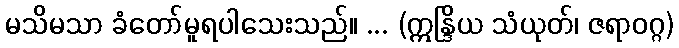
မသိမသာ ခံတော်မူရပါသေးသည်။ ... (ဣန္ဒြိယ သံယုတ်၊ ဇရာဝဂ္ဂ)